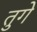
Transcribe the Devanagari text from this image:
तुगे